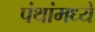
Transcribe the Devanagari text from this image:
पंथांमध्ये